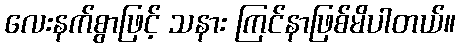
လေးနက်စွာဖြင့် သနား ကြင်နာဖြစ်မိပါတယ်။